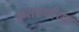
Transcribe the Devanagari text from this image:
कृतवर्माच्या